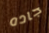
جاده